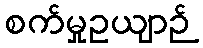
စက်မှုဥယျာဉ်